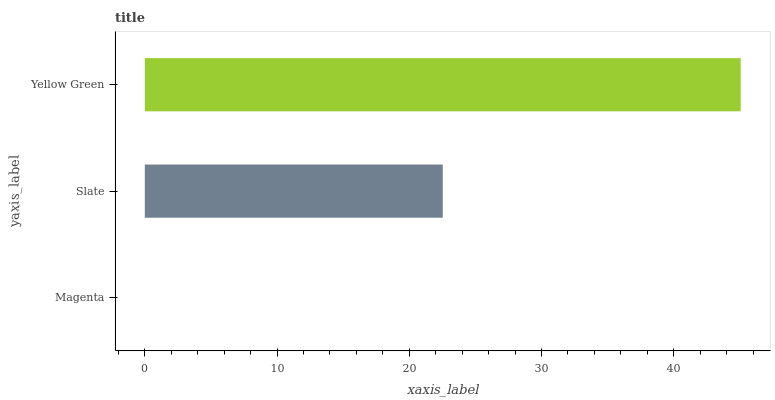
| yaxis_label | bars |
 | --- | --- |
 | Magenta | 0 |
 | Slate | 22.5 |
 | Yellow Green | 45.1 |